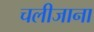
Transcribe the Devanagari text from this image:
चलीजाना